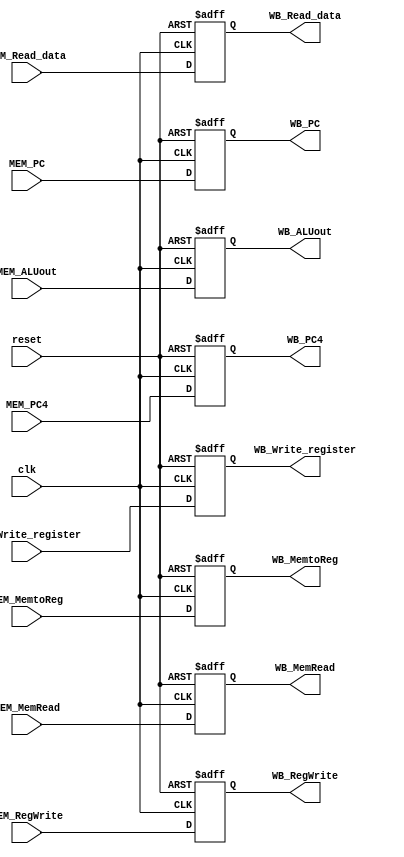
`timescale 1ns / 1ps
//////////////////////////////////////////////////////////////////////////////////
// Company: 
// Engineer: 
// 
// Design Name: 
// Module Name: MEMWB
// Project Name: 
// Target Devices: 
// Tool Versions: 
// Description: 
// 
// Dependencies: 
// 
// Revision:
// Revision 0.01 - File Created
// Additional Comments:
// 
//////////////////////////////////////////////////////////////////////////////////


module MEMWB(reset, clk, MEM_PC4, MEM_Write_register, MEM_Read_data, MEM_ALUout,
    MEM_MemRead, MEM_RegWrite, MEM_MemtoReg, MEM_PC,
    WB_PC4, WB_Write_register, WB_Read_data,
    WB_ALUout, WB_MemRead, WB_RegWrite, WB_MemtoReg,WB_PC);
input reset, clk, MEM_MemRead, MEM_RegWrite;
input [31:0] MEM_PC4, MEM_Read_data, MEM_ALUout;
input [4:0] MEM_Write_register;
input [1:0] MEM_MemtoReg;
input [31:0] MEM_PC;

(* DONT_TOUCH= "TRUE" *) output reg WB_MemRead, WB_RegWrite;
(* DONT_TOUCH= "TRUE" *) output reg [31:0] WB_Read_data;
(* DONT_TOUCH= "TRUE" *) output reg [31:0] WB_ALUout;
output reg [4:0] WB_Write_register;
(* DONT_TOUCH= "TRUE" *) output reg [1:0] WB_MemtoReg;
output reg [31:0] WB_PC4;
output reg [31:0] WB_PC;

always @(posedge reset or posedge clk)
    if (reset) begin
        WB_PC4<=32'b0; WB_Write_register<=5'b0; WB_Read_data<=32'b0;
        WB_ALUout<=32'b0; WB_MemRead<=0; WB_RegWrite<=0; WB_MemtoReg<=2'b0;
        WB_PC <= 32'b0;
    end
    else begin
        WB_PC4<=MEM_PC4; WB_Write_register<=MEM_Write_register;
        WB_Read_data<=MEM_Read_data; WB_ALUout<=MEM_ALUout; 
        WB_MemRead<=MEM_MemRead; WB_RegWrite<=MEM_RegWrite; WB_MemtoReg<=MEM_MemtoReg;
        WB_PC <= MEM_PC;
    end
endmodule